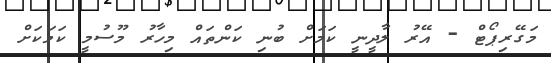
މަގޭރިޕޯޓް - އޭރު ލާދީނީ ކަމަށް ބުނި ކަންތައް މިހާރު މޫސުމީ ކަމަކަށް